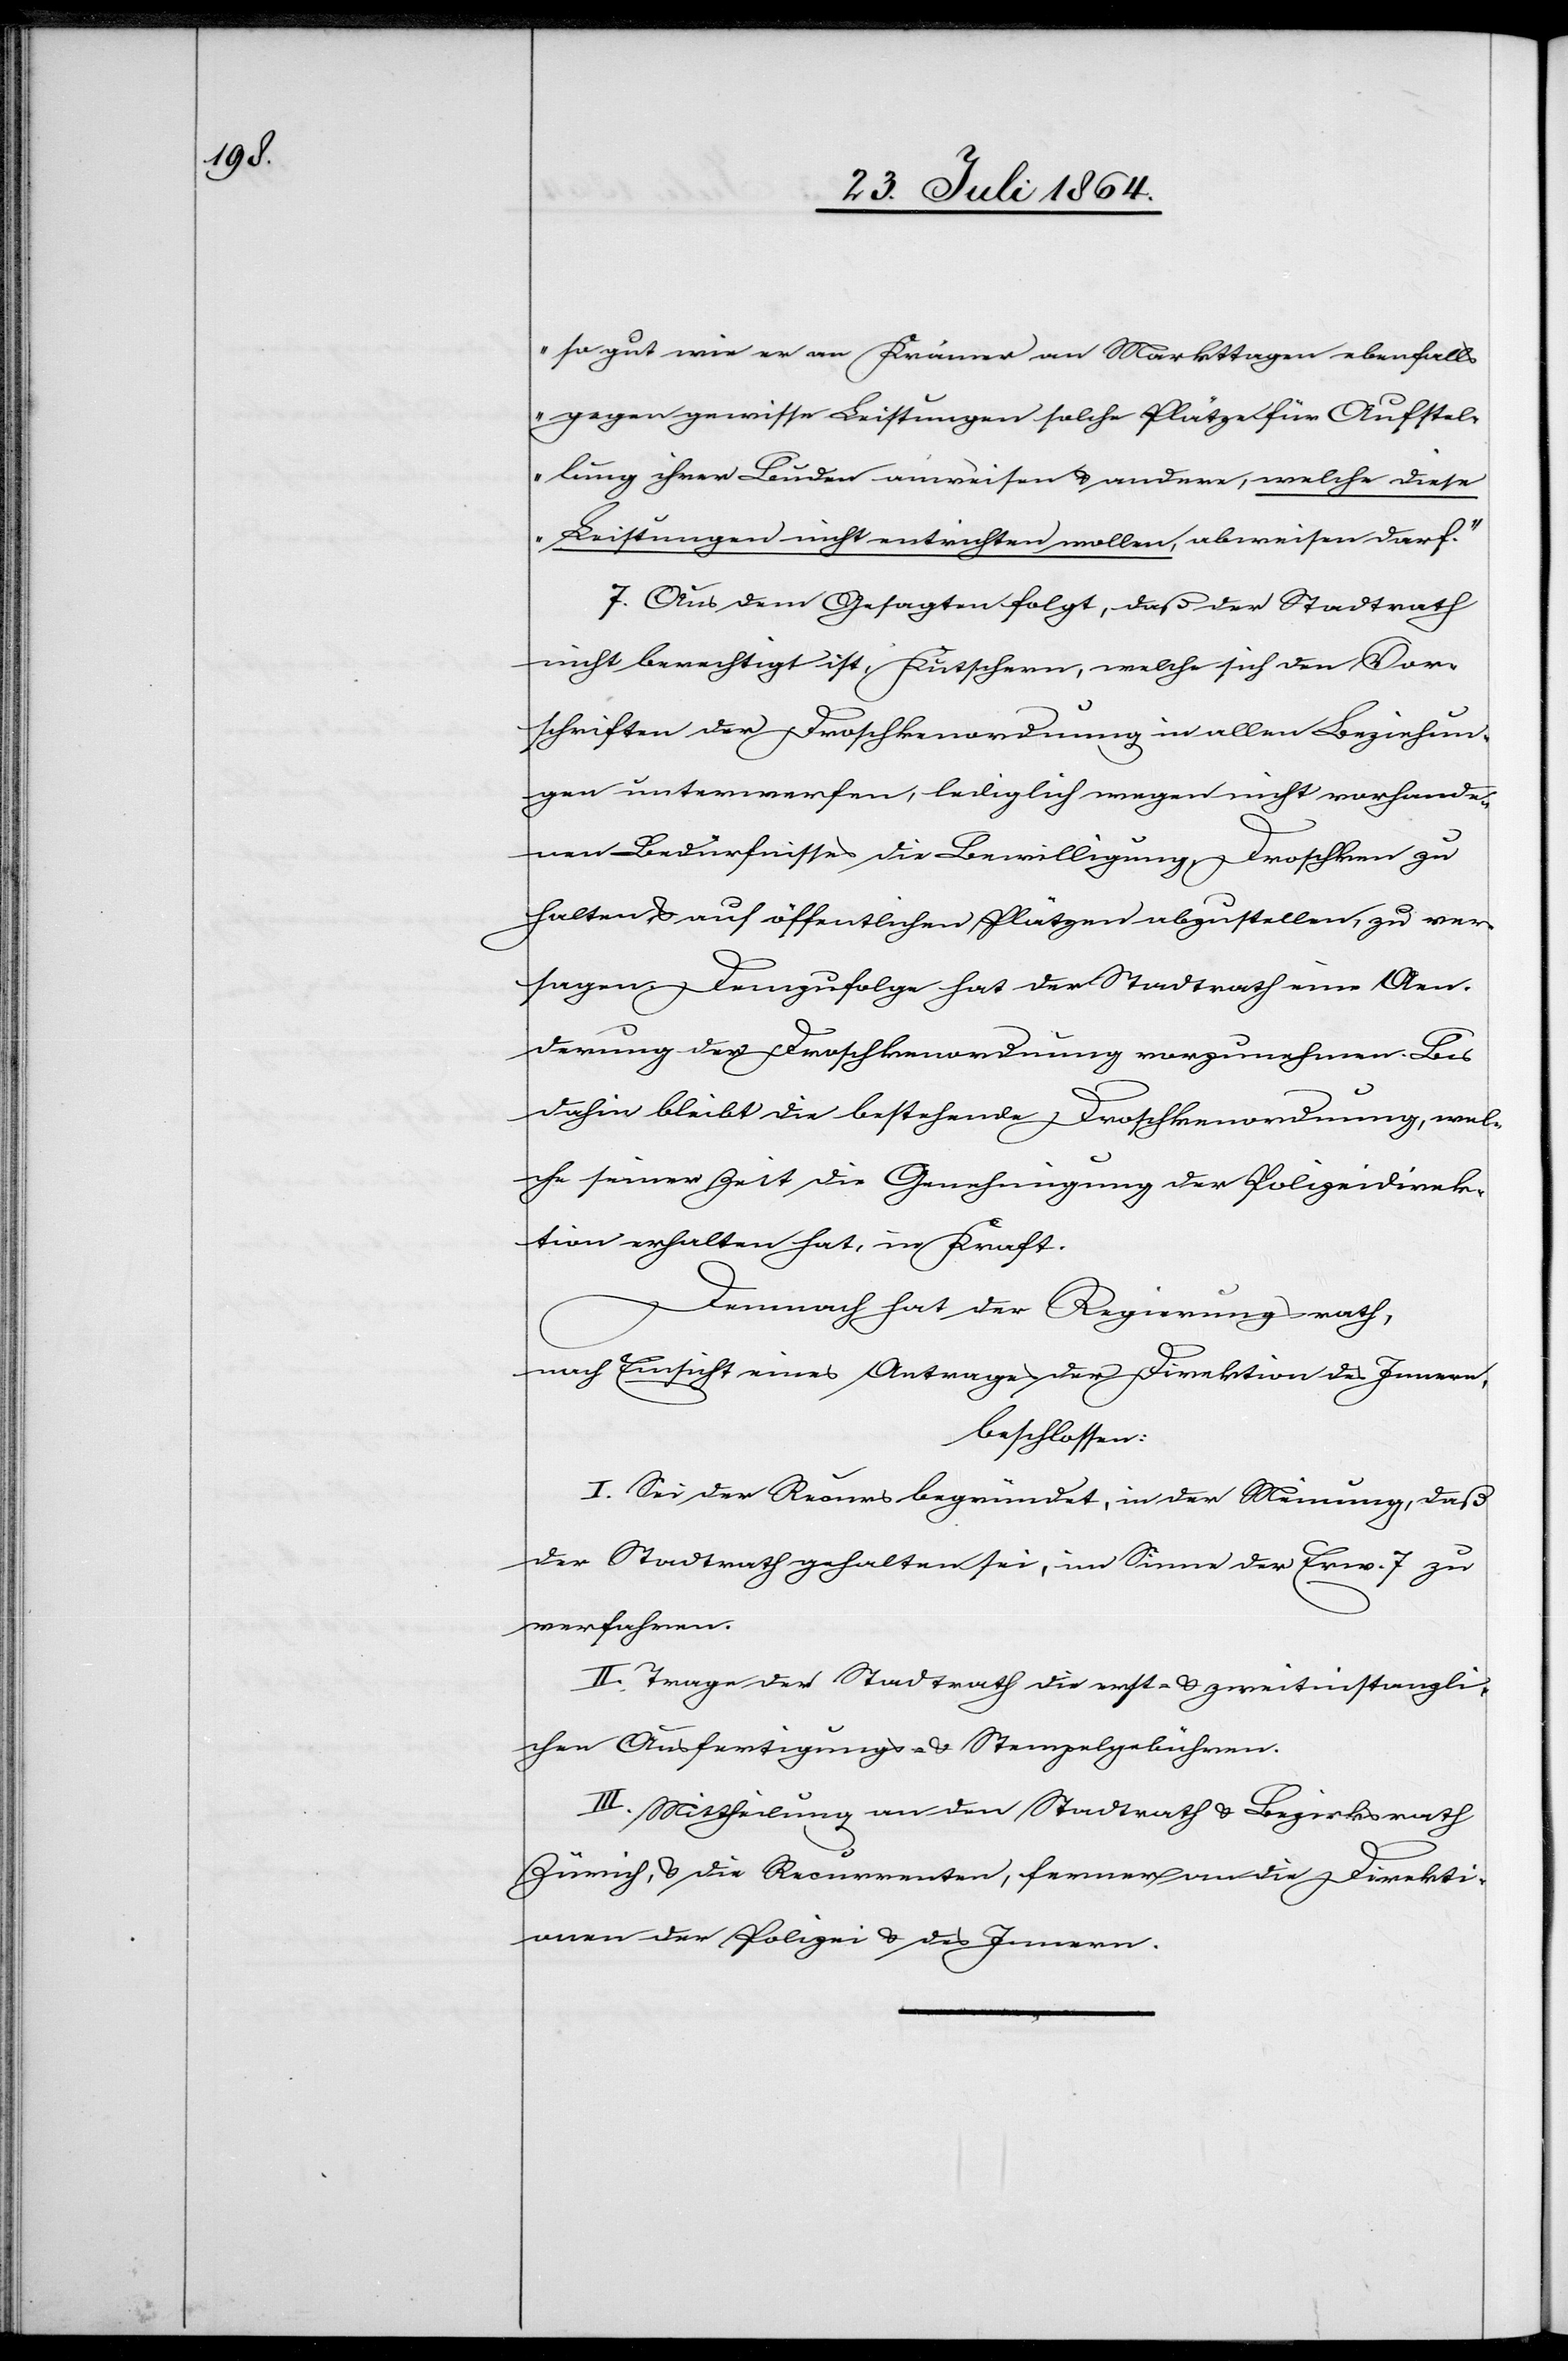
so gut wie er an Krämer an Markttagen ebenfalls
gegen gewisse Leistungen solche Plätze für Aufstel¬
lung ihrer Buden anweisen & anderen, welche diese
Leistungen nicht entrichten wollen, abweisen darf.“
7. Aus dem Gesagten folgt, daß der Stadtrath
nicht berechtigt ist, Kutschern, welche sich den Vor¬
schriften der Droschkenordnung in allen Beziehun¬
gen unterwerfen, lediglich wegen nicht vorhande¬
nen Bedürfnisses die Bewilligung, Droschken zu
halten & auf öffentlichen Plätzen abzustellen, zu ver¬
sagen. Demzufolge hat der Stadtrath eine Aen¬
derung der Droschkenordnung vorzunehmen. Bis
dahin bleibt die bestehende Droschkenordnung, wel¬
che seiner Zeit die Genehmigung der Polizeidirek¬
tion erhalten hat, in Kraft.
Demnach hat der Regierungsrath,
nach Einsicht eines Antrages der Direktion des Innern,
beschlossen:
I. Sei der Rekurs begründet, in der Meinung, daß
der Stadtrath gehalten sei, im Sinne der Erw. 7. zu
verfahren.
II. Trage der Stadtrath die erst- & zweitinstanzli¬
chen Ausfertigungs- & Stempelgebühren.
III. Mittheilung an den Stadtrath & Bezirksrath
Zürich, & die Recurrenten, ferner die Direkti¬
onen der Polizei & des Innern.